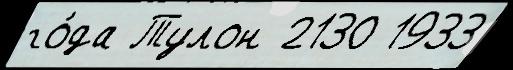
го́да Тулон 2130 1933